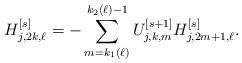
LaTeX: \begin{align*}H_{j,2k,\ell}^{[s]} = - \sum_{m=k_1(\ell)}^{k_2(\ell)-1}U_{j,k,m}^{[s+1]} H_{j,2m+1,\ell}^{[s]}.\end{align*}